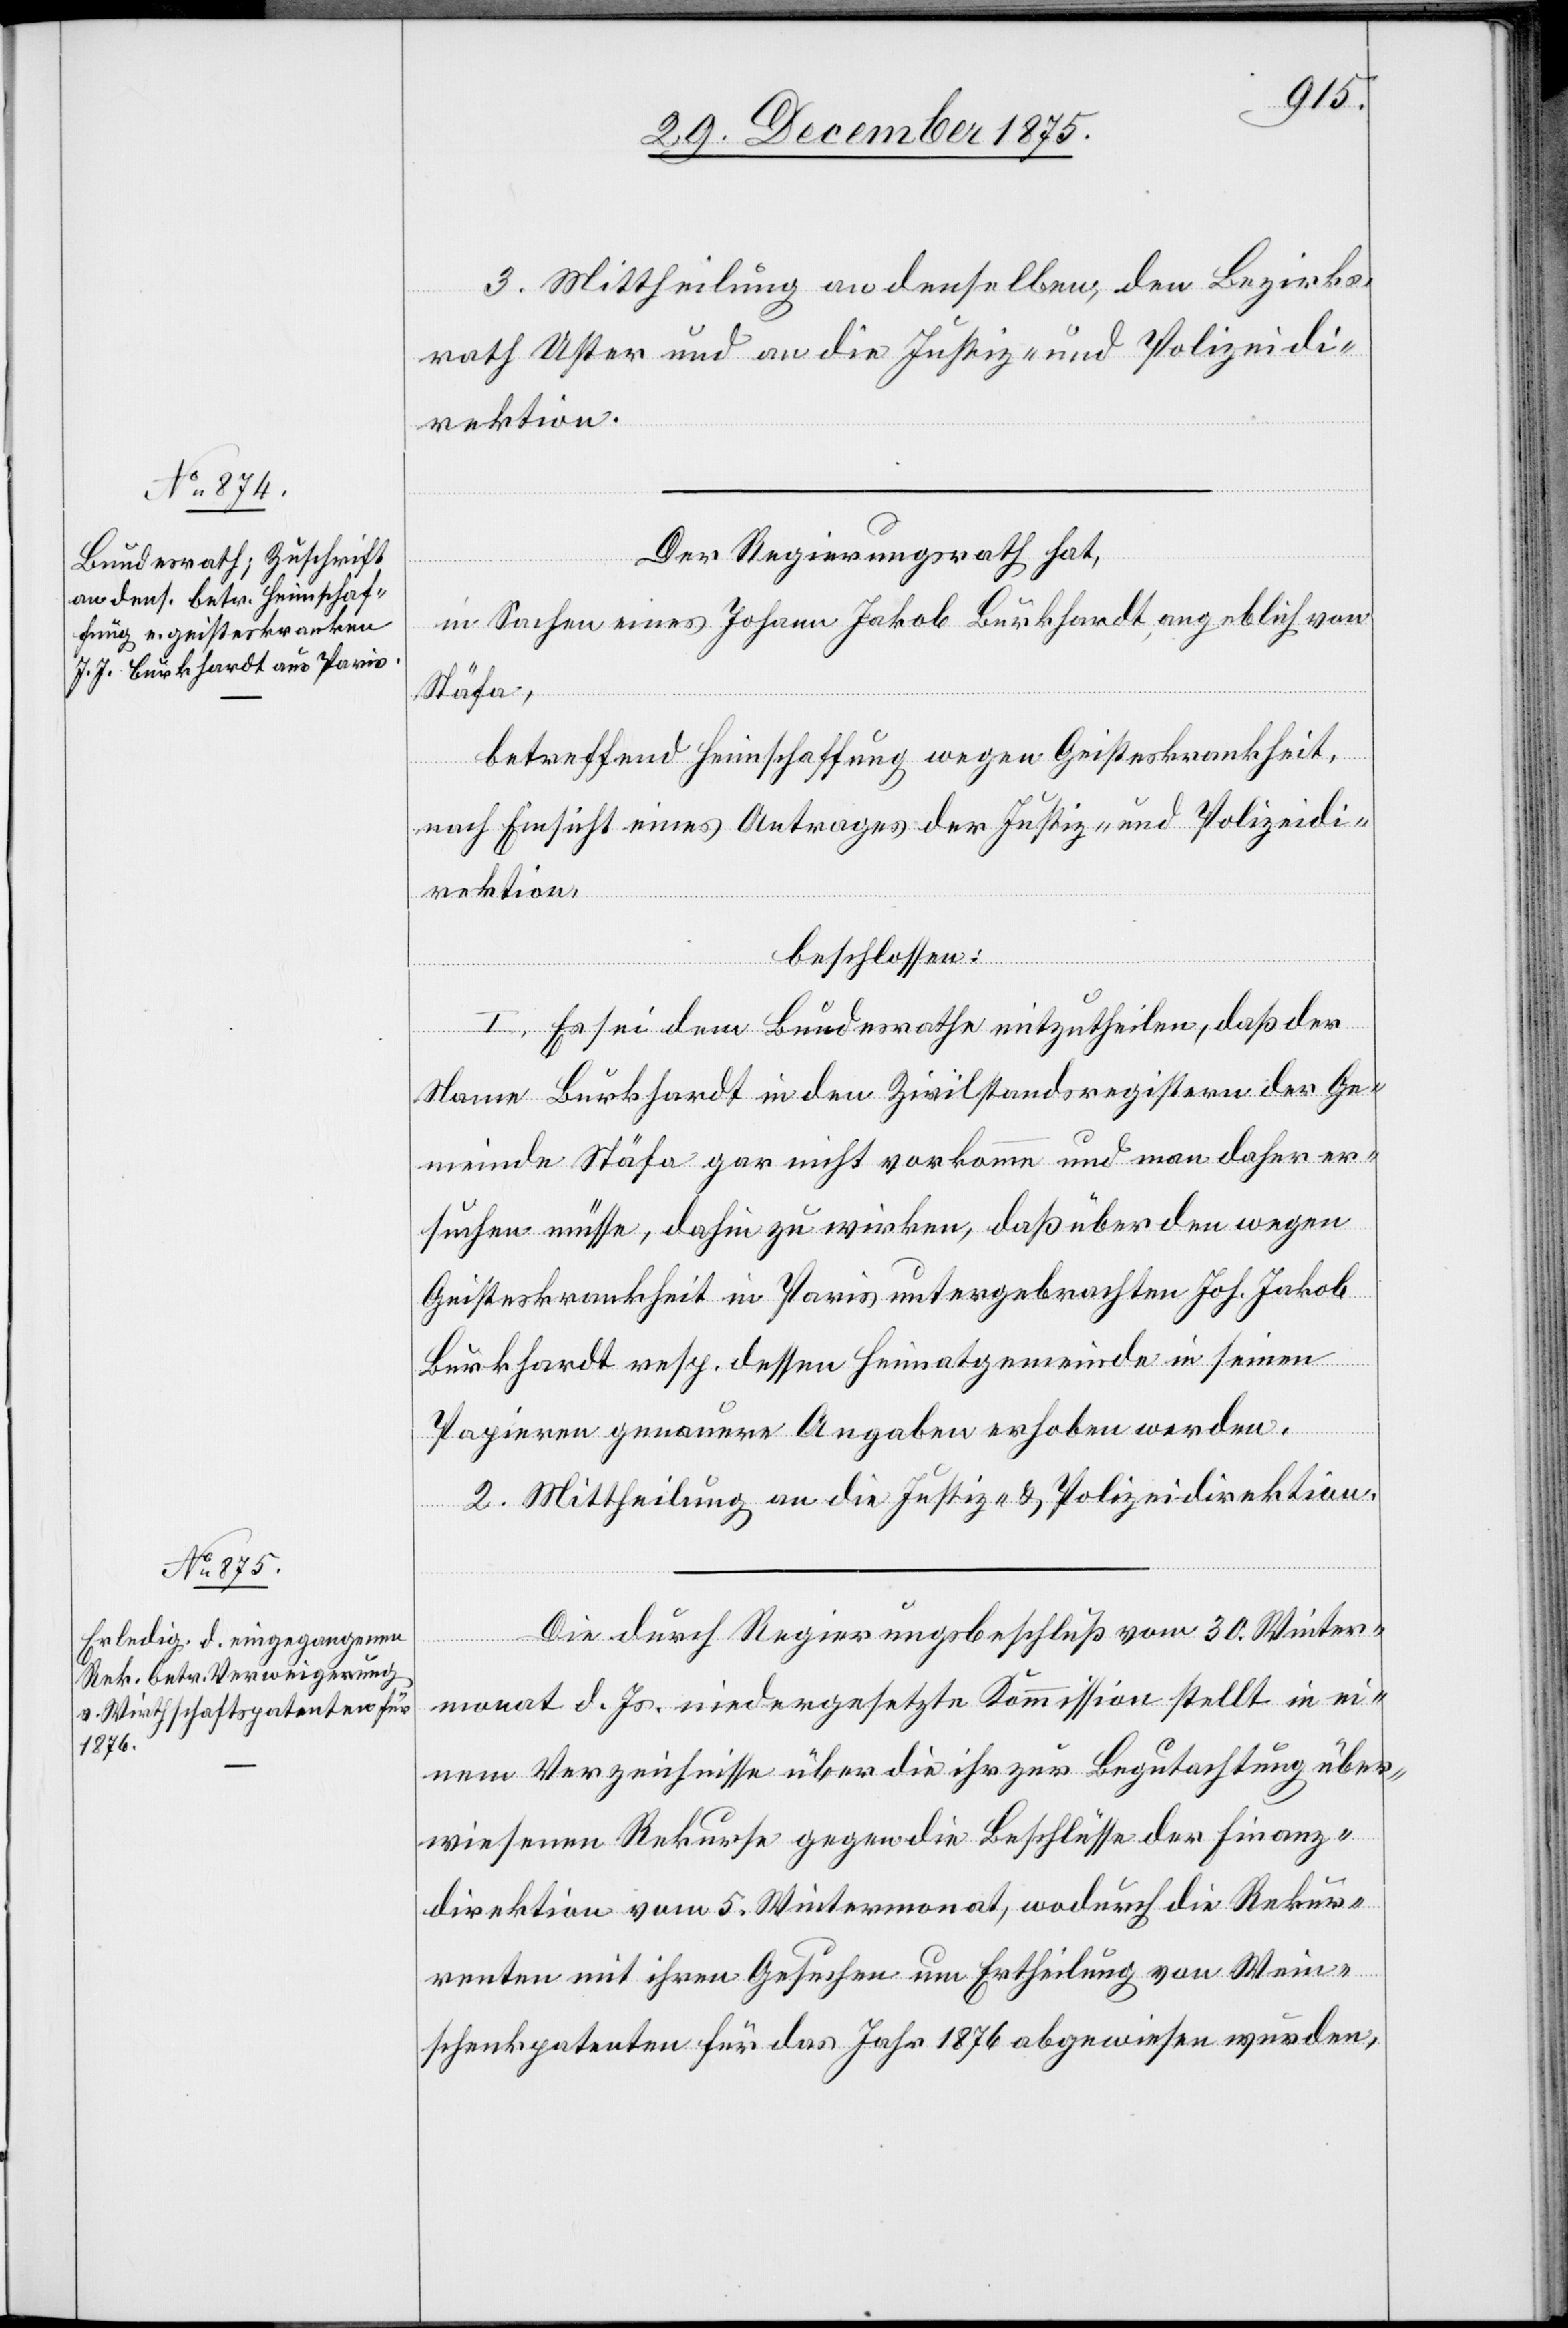
3. Mittheilung an denselben, den Bezirks¬
rath Uster und an die Justiz- und Polizeidi¬
rektion.
Der Regierungsrath hat,
in Sachen eines Johann Jakob Burkhardt, angeblich von
Stäfa,
betreffend Heimschaffung wegen Geisteskrankheit,
nach Einsicht eines Antrages der Justiz- und Polizeidi¬
rektion,
beschlossen:
I. Es sei dem Bundesrathe mitzutheilen, daß der
Name Burkhardt in den Zivilstandsregistern der Ge¬
meinde Stäfa gar nicht vorkomme und man daher er¬
suchen müsse, dahin zu wirken, daß über den wegen
Geisteskrankheit in Paris untergebrachten Joh. Jakob
Burkhardt resp. dessen Heimatgemeinde in seinen
Papieren genauere Angaben erhoben werden.
2. Mittheilung an die Justiz- und Polizeidirektion.
Die durch Regierungsbeschluß vom 30. Winter¬
monat d. Js. niedergesetzte Kommission stellt in ei¬
nem Verzeichnisse über die ihr zur Begutachtung über¬
wiesenen Rekurse gegen die Beschlüsse der Finanz¬
direktion vom 5. Wintermonat, wodurch die Rekur¬
renten mit ihren Gesuchen um Ertheilung von Wein¬
schenkpatenten für das Jahr 1876 abgewiesen wurden,